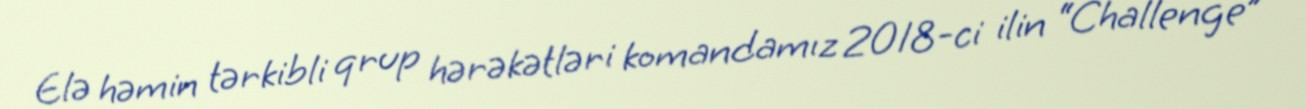
Elə həmin tərkibli qrup hərəkətləri komandamız 2018-ci ilin “Challenge”